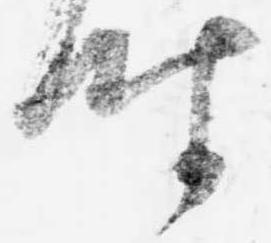
時